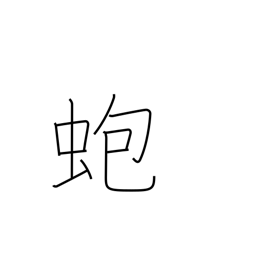
Meaning: abalone